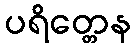
ပရိတ္တေန